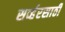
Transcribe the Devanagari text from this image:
सर्व्हरसाठी